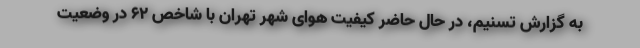
به گزارش تسنیم، در حال حاضر کیفیت هوای شهر تهران با شاخص 62 در وضعیت